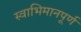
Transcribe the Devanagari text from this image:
स्वाभिमानपूर्ण